Vaccination in the Punjab 1919-1929 - 1919-1929
Year: 1919
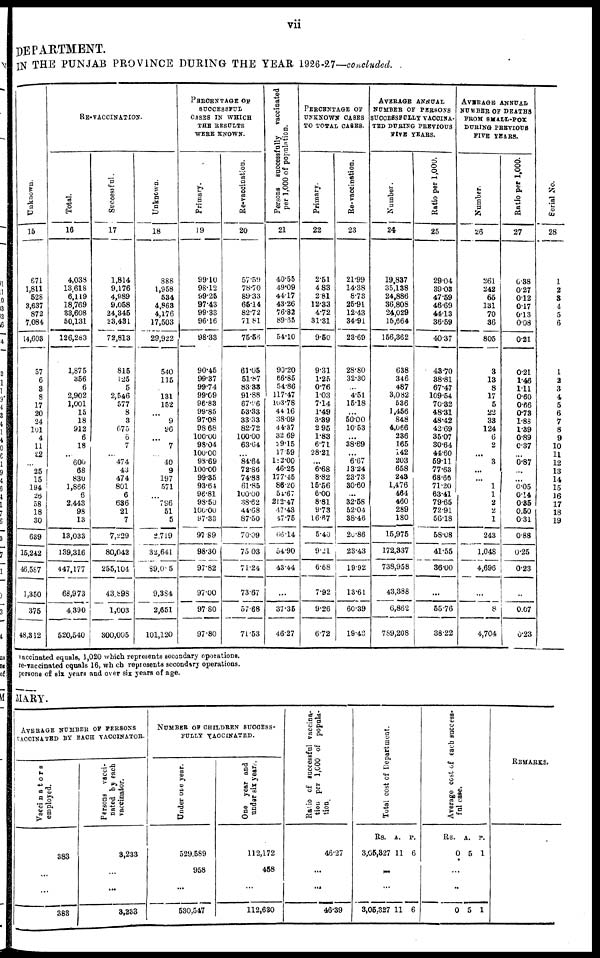
vii
DEPARTMENT.
IN THE PUNJAB PROVINCE DURING THE YEAR 1926-27—concluded.
Unknown.
15
671
1,811
528
3,637
872
7,084
14,603
57
6
3
8
17
20
24
101
4
11
22
...
25
15
194
26
58
18
30
639
15,242
46,567
1,350
375
48,312
RE-VACCINATION.
Total.
16
4,038
13,618
6,119
18,769
33,608
50,131
126,283
1,875
356
6
2,902
1,001
15
18
912
6
18
...
600
68
830
1,866
6
2,443
98
13
13,033
139,316
447,177
66,973
4,390
520,540
Succestful.
17
1,814
9,176
4,989
9,058
24,345
23,431
72,813
815
125
5
2,546
577
8
3
675
6
7
...
474
43
474
801
6
636
21
7
7,229
80,042
255,104
43,898
1,003
300,005
Unknown.
18
888
1,958
534
4,863
4,176
17,503
29,922
540
115
131
152
...
9
96
...
7
...
40
9
197
571
...
796
51
5
2,719
32,641
89,085
9,384
2,651
101,120
PERCENTAGE OF
SUCCESSFUL
CASES IN WHICH
THE RESULTS
WERE KNOWN.
Primary.
19
99.10
98.12
99.25
97.43
99.33
96.16
98.33
90.45
99.37
99.74
99.09
96.83
99.85
97.08
98.68
100.00
98.04
100.00
98.69
100.00
99.35
93.64
96.81
98.50
100.00
97.33
97.89
98.30
97.82
97.00
97.80
97.80
Re-vaccination.
20
57.59
78.70
89.33
65.14
82.72
71.81
75.56
61.05
51.87
83.33
91.88
67.96
53.33
33.33
82.72
100.00
63.64
...
84.64
72.86
74.88
61.85
100.00
38.62
44.68
87.50
70.09
75.03
71.24
73.67
57.68
71.53
Persons successfully vaccinated
per 1,000 of population.
21
40.55
49.09
44.17
43.26
76.82
89.65
54.10
90.20
66.85
54.86
117.47
103.78
44.16
38.09
44.37
32.69
29.15
17.59
182.00
46.25
177.45
86.20
54.67
212.47
47.43
47.75
66.14
54.90
43.44
...
37.35
46.27
PERCENTAGE OF
UNKNOWN CASES
TO TOTAL CASES.
Primary.
22
2.51
4.83
2.81
12.33
4.72
31.31
9.50
9.31
1.25
0.76
1.03
7.14
1.49
3.39
2.95
1.83
671
28.21
...
6.68
8.82
15.56
6.00
8.81
9.73
16.67
5.40
9.21
6.68
7.92
9.26
6.72
Re-vaccination.
23
21.99
14.38
8.73
25.91
12.43
34.91
23.69
28.80
32.30
...
4.51
15.18
...
50.00
10.53
...
38.89
...
6.67
13.24
23.73
30.60
...
32.58
52.04
38.46
20.86
23.43
19.92
13.61
60.39
19.43
AVERAGE ANNUAL
NUMBER OF PERSONS
SUCCESSFULLY VACCINA-
TED DURING PREVIOUS
FIVE YEARS.
Number.
24
19,837
35,138
24,886
36,808
24,029
15,664
156,362
638
346
487
3,082
536
1,456
848
4,066
236
165
142
203
658
243
1,476
464
460
289
180
15,975
172,337
738,958
43,388
6,862
789,208
Ratio per 1,000.
25
29.04
39.03
47.59
46.69
44.13
36.59
40.37
43.70
38.81
67.47
109.54
70.32
48.31
48.42
42.69
35.07
30.64
44.60
59.11
77.63
68.66
71.20
63.41
79.65
72.91
56.18
58.08
41.55
36.00
...
55.76
38.22
AVERAGE ANNUAL
NUMBER OF DEATHS
FROM SMALL-POX
DURING PREVIOUS
FIVE YEARS.
Number.
26
261
242
65
131
70
36
805
3
13
8
17
5
22
33
124
6
2
...
3
...
...
1
1
2
2
1
243
1,048
4,696
...
8
4,704
Ratio per 1,000.
27
6.38
0.27
0.12
0.17
0.13
0.08
0.21
0.21
1.46
1.11
0.60
0.66
0.73
1.88
1.39
0.89
0.37
...
0.87
...
...
0.05
0.14
0.35
0.50
0.31
0.88
0.25
0.23
...
0.07
0.23
Serial No.
28
1
2
3
4
5
6
1
2
3
4
5
6
7
8
9
10
11
12
13
14
15
16
17
18
19
vaccinated equals, 1,020 which represents secondary operations.
re-vaccinated equals 16, which represents secondary operations.
persons of six years and over six years of age.
MARY.
AVERAGE NUMBER OF PERSONS
VACCINATBD BY EACH VACCINATOR.
Vaccinators
employed.
383
...
383
Persons vacci-
nated by each
vaccinator.
3,233
...
3,233
NUMBER OF CHILDREN SUCCESS-
FULLY VACCINATED.
Under one year.
529,589
958
...
530,547
One year and
undar six years.
112,172
4S8
112,630
Ratio of successful vaccina-
tion per 1,000 of popula-
tion.
46.27
...
...
46.39
Total cost of Department.
Rs.
3,05,327
A.
11
P.
6
...
...
3,05,327 11 6
Average cost of each success-
ful case.
Rs.
0
A.
5
P.
1
...
...
0 5 1
REMARKS.